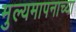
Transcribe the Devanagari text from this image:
मुल्यमापनाच्या